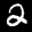
Label: 2